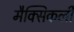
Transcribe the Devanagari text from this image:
मैक्सिकली